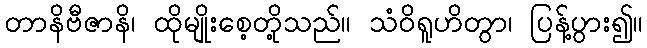
တာနိဗီဇာနိ၊ ထိုမျိုးစေ့တို့သည်။ သံဝိရူဟိတွာ၊ ပြန့်ပွား၍။